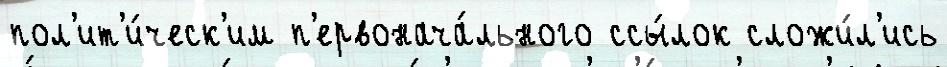
пол'ит'и́ческ'им п'ервонача́льного ссы́лок сложи́л'ись